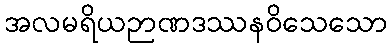
အလမရိယဉာဏဒဿနဝိသေသော